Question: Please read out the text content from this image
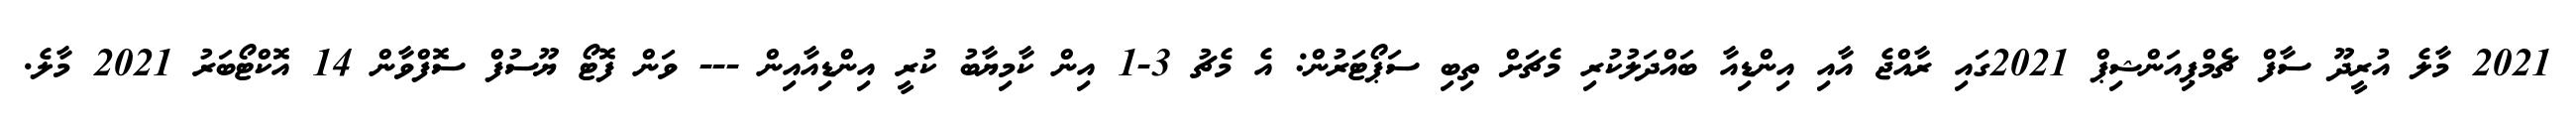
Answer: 2021 މާލެ އުރީދޫ ސާފް ޗެމްޕިއަންޝިޕް 2021ގައި ރާއްޖެ އާއި އިންޑިއާ ބައްދަލުކުރި މެޗަށް ތިބި ސަޕޯޓަރުން: އެ މެޗު 3-1 އިން ކާމިޔާބު ކުރީ އިންޑިއާއިން --- ވަން ފޮޓޯ ޔޫސުފް ސޮފްވާން 14 އޮކްޓޯބަރު 2021 މާލެ.